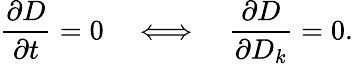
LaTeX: \frac{\partial D}{\partial t}=0\quad\Longleftrightarrow\quad\frac{\partial D}{\partial D_{k}}=0.